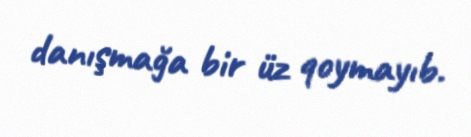
danışmağa bir üz qoymayıb.